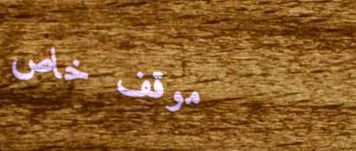
موقف خاص